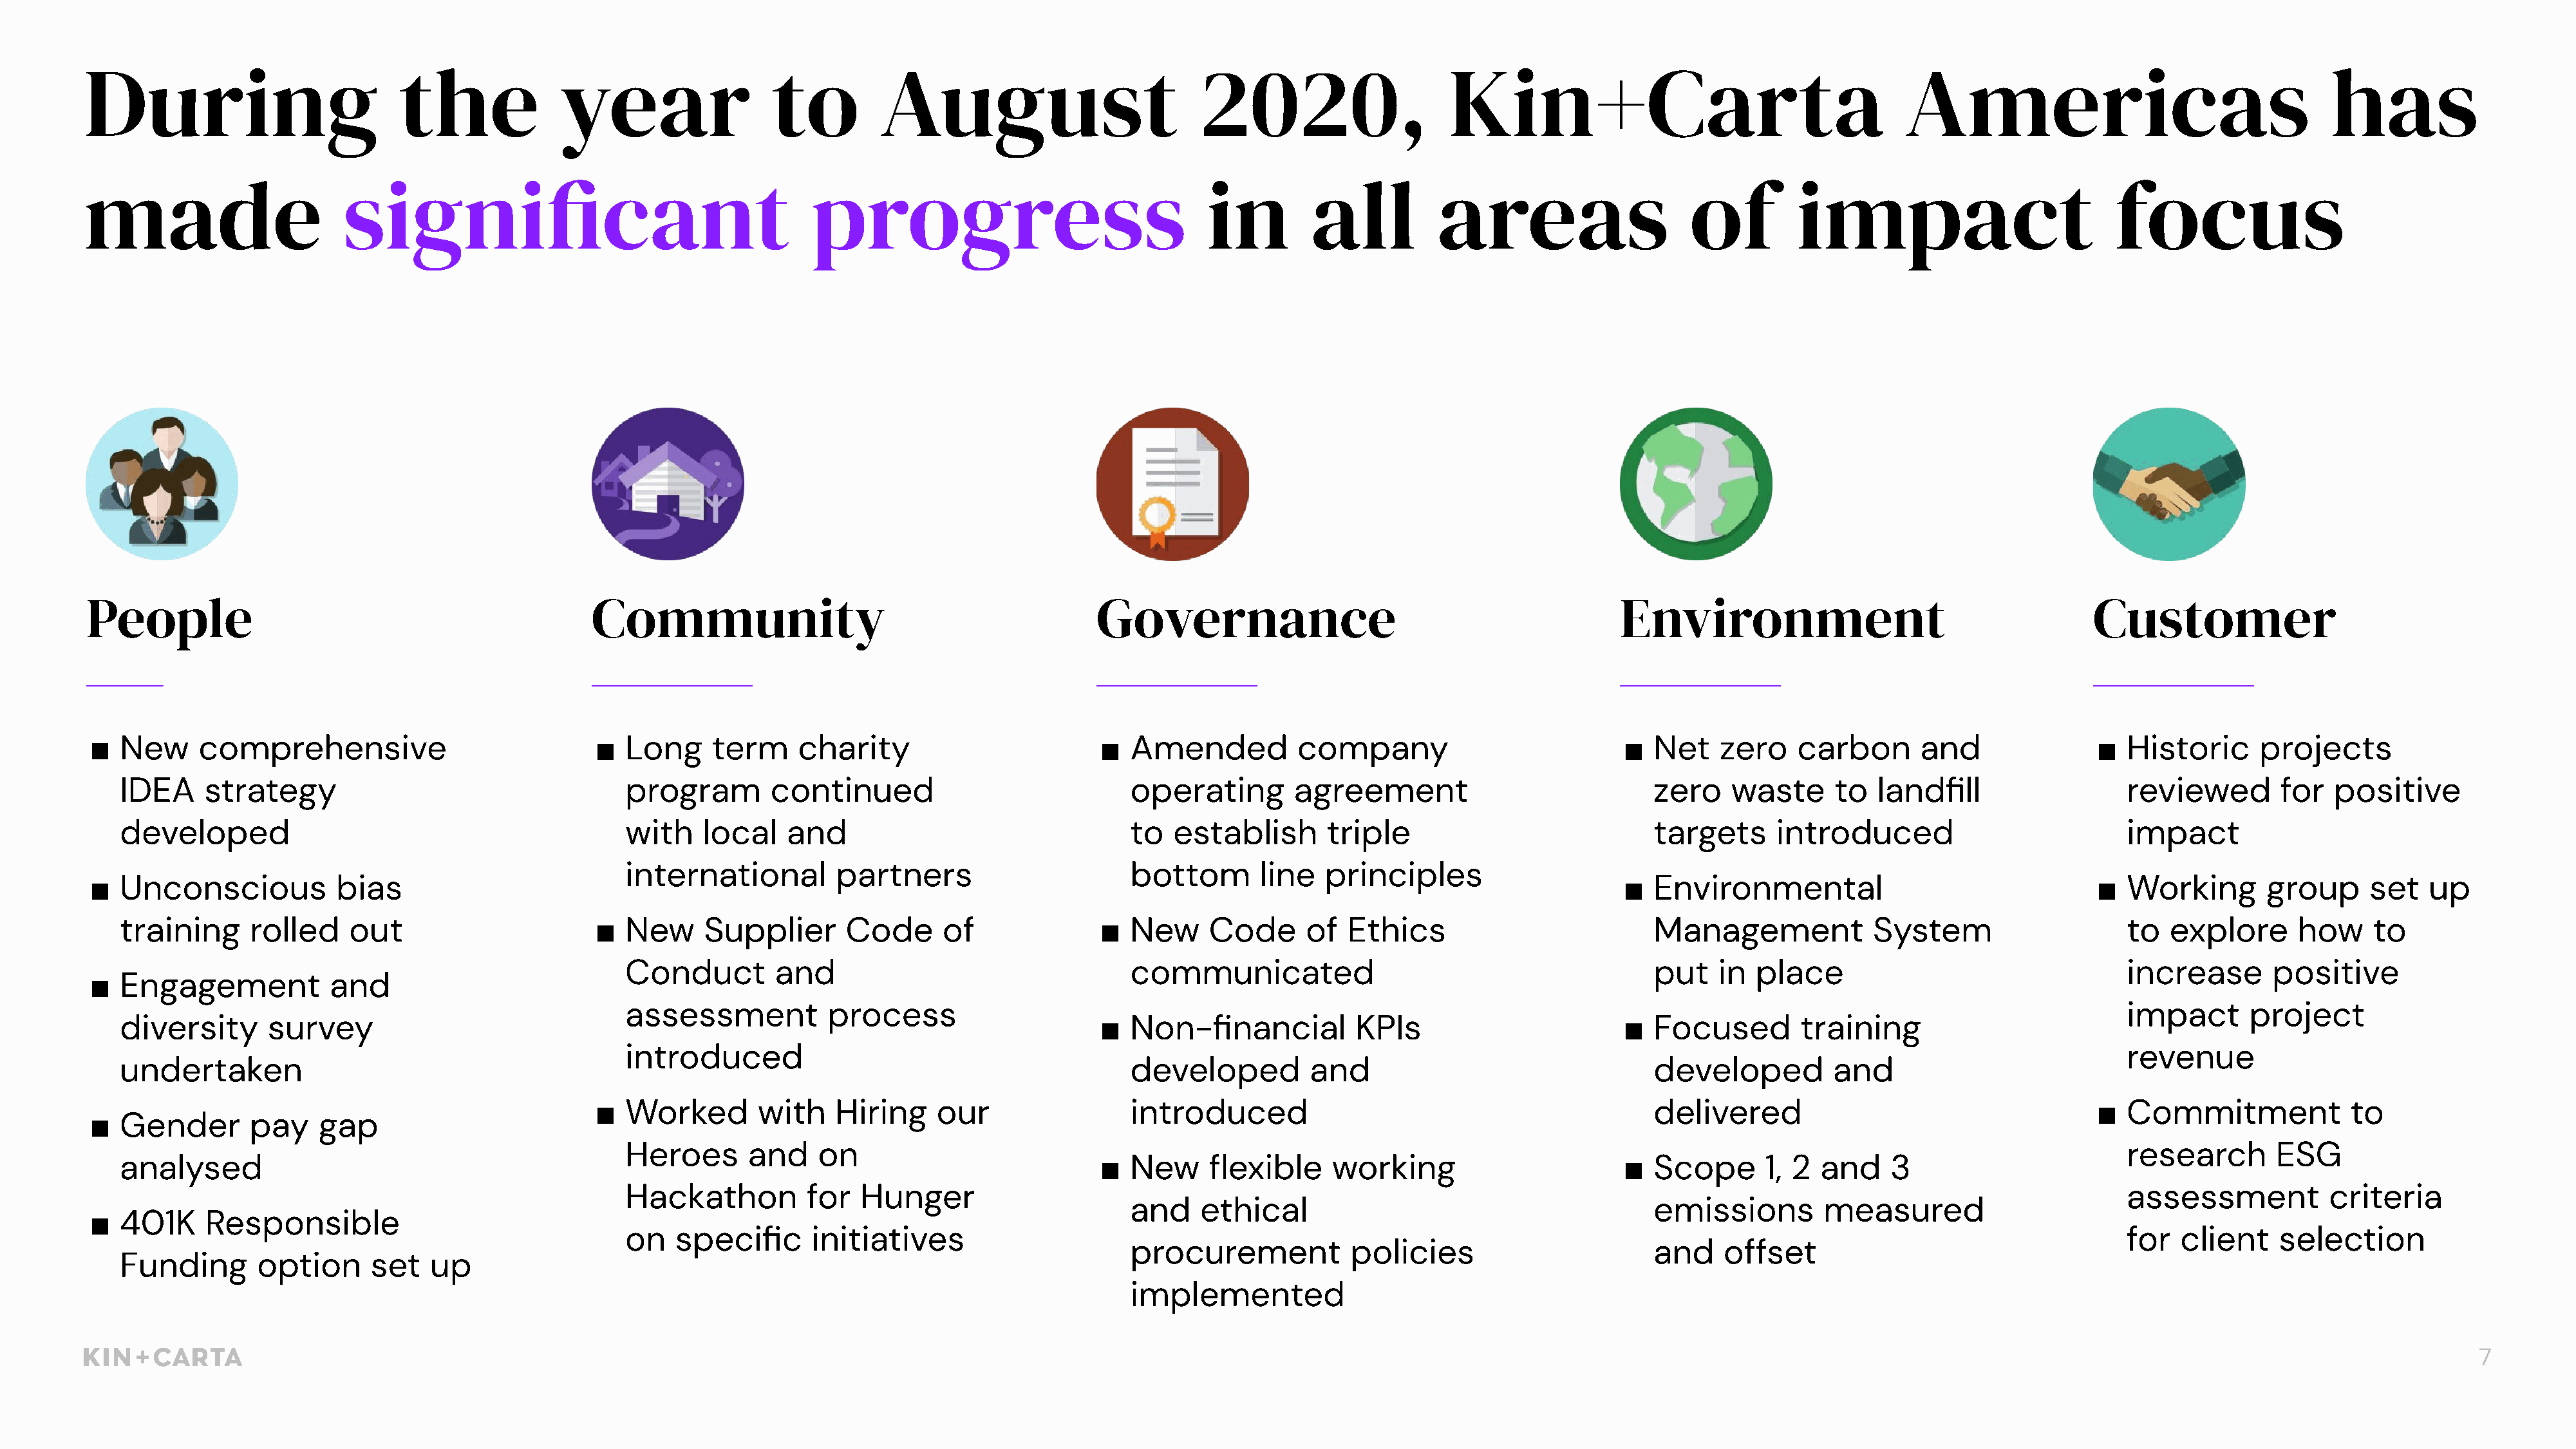
During                          the              year                 to         August                           2020,                     Kin+Carta                                      Americas                                    has
 TYPE  / PROJECT  NAME
 made                      significant                                     progress                                 in         all          areas                     of         impact                          focus
 People                                              Community                                           Governance                                            Environment                                     Customer
 ■  New     comprehensive                            ■  Long     term     charity                        ■  Amended          company                           ■  Net    zero    carbon      and                ■  Historic     projects
 IDEA     strategy                                   program        continued                            operating        agreement                            zero    waste      to  landfill                  reviewed       for   positive
 developed                                           with    local    and                                to   establish      triple                            targets      introduced                          impact
 international         partners                      bottom        line  principles
 ■  Unconscious            bias                                                                                                                                ■  Environmental                                 ■  Working       group      set   up
 training      rolled    out                      ■  New     Supplier       Code      of              ■  New     Code      of   Ethics                         Management             System                    to  explore      how     to
 Conduct         and                                 communicated                                          put    in place                                  increase       positive
 ■  Engagement            and
 assessment           process                                                                                                                               impact      project
 diversity       survey                                                                               ■  Non-financial          KPIs                        ■  Focused        training
 introduced                                                                                                                                                 revenue
 undertaken                                                                                              developed          and                                developed         and
 ■  Worked        with    Hiring    our                 introduced                                            delivered                                     ■  Commitment             to
 ■  Gender        pay    gap
 Heroes       and    on                                                                                                                                     research       ESG
 analysed                                                                                             ■  New     flexible     working                       ■  Scope      1, 2  and    3
 Hackathon          for  Hunger                                                                                                                             assessment          criteria
 and    ethical                                        emissions        measured
 ■  401K     Responsible
 on   specific      initiatives                                                                                                                             for  client    selection
 procurement            policies                       and    offset
 Funding       option      set   up
 implemented
 7